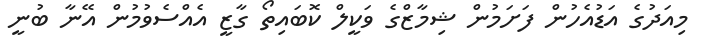
މިއަދުގެ އަޑުއެހުން ފަށަމުން ޝިމާޒްގެ ވަކީލް ކޮބައިތޯ ގާޒީ އެއްސެވުމުން އޭނާ ބުނީ